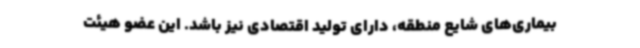
بیماری‌های شایع منطقه، دارای تولید اقتصادی نیز باشد. این عضو هیئت